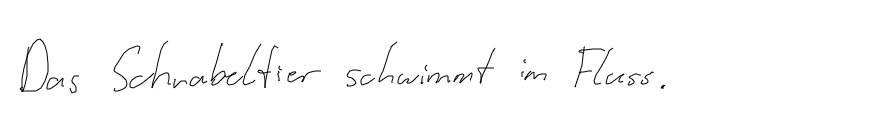
Das Schnabeltier schwimmt im Fluss.